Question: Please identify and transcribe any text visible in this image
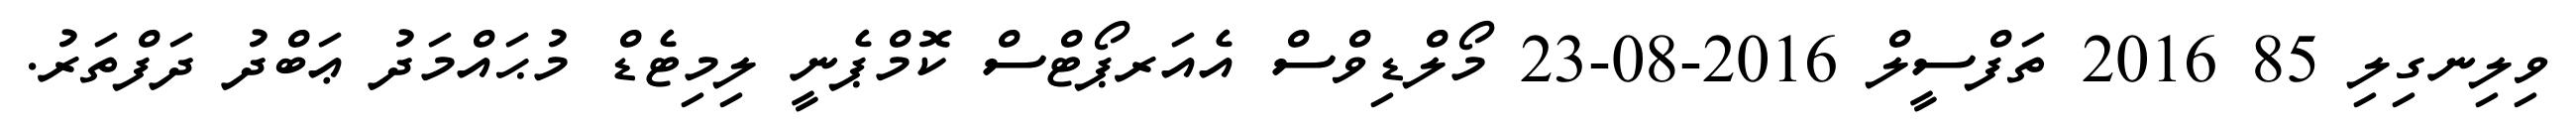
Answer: ވިލިނގިލި 85 2016 ތަފްސީލް 2016-08-23 މޯލްޑިވްސް އެއަރޕޯޓްސް ކޮމްޕެނީ ލިމިޓެޑް މުޙައްމަދު ޢަބްދު ދަފްތަރު.